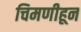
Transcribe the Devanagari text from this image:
चिमणीहून